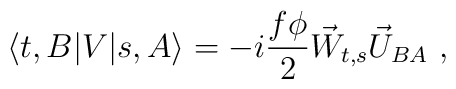
\langle t,B | V | s,A\rangle =-i\frac{f\phi}{2}  \vec W_{t,s} \vec U_{BA}~,